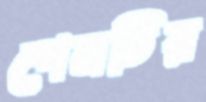
পেনটির